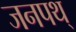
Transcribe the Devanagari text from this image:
जनपथ्